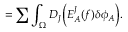
= \sum \int _ { \Omega } D _ { J } \biggl ( E _ { A } ^ { J } ( f ) \delta \phi _ { A } \biggr ) .